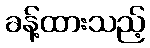
ခန့်ထားသည့်